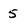
Character: 5